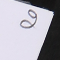
2